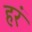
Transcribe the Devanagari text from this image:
हरं